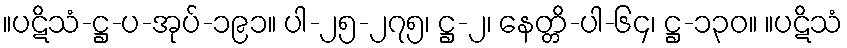
။ပဋိသံ-ဋ္ဌ-ပ-အုပ်-၁၉၁။ ပါ-၂၅-၂၇၅၊ ဋ္ဌ-၂၊ နေတ္တိ-ပါ-၆၄၊ ဋ္ဌ-၁၃၀။ ။ပဋိသံ